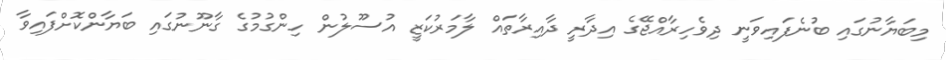
މިބަޔާނުގައި ބުނެފައިވަނީ ދިވެހިރާއްޖޭގެ އިދާރީ ދާއިރާތައް ލާމަރުކަޒީ އުސޫލުން ހިންގުމުގެ ގާނޫނުގައި ބަޔާންކޮށްފައިވާ